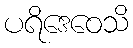
ပရိဒေဝေသိ